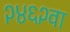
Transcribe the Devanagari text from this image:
२४६२वा